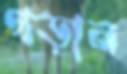
গড়ান